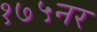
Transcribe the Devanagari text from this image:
१७५नर